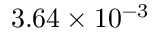
3 . 6 4 \times 1 0 ^ { - 3 }